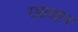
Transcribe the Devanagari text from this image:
रझाखान